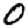
Digit: 0